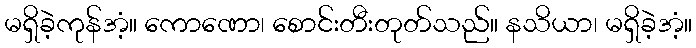
မရှိခဲ့ကုန်အံ့။ ကောဏော၊ စောင်းတီးတုတ်သည်။ နသိယာ၊ မရှိခဲ့အံ့။